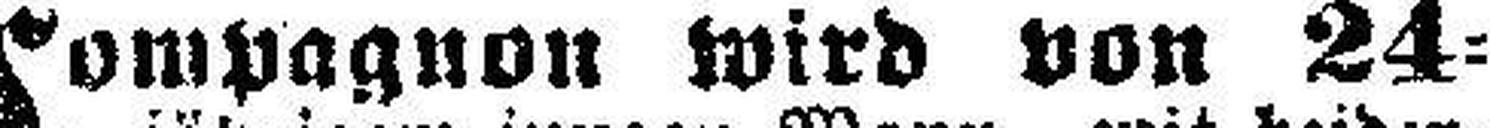
Compagnon wird von 24=